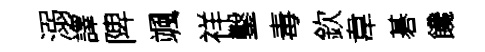
溺譯陴颯祥鑿毒欽韋碁饞